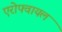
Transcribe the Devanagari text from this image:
एरोफ्वायल